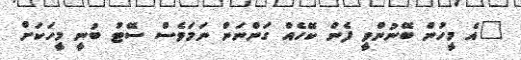
"އެ މީހުން ބޭނުންވީ ފެން ކޭހެއް ގަންނަން ނަމަވެސް ސޭޓު ބުނީ މީހަކަށް